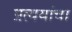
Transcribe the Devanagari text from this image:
प्रत्ययांचा